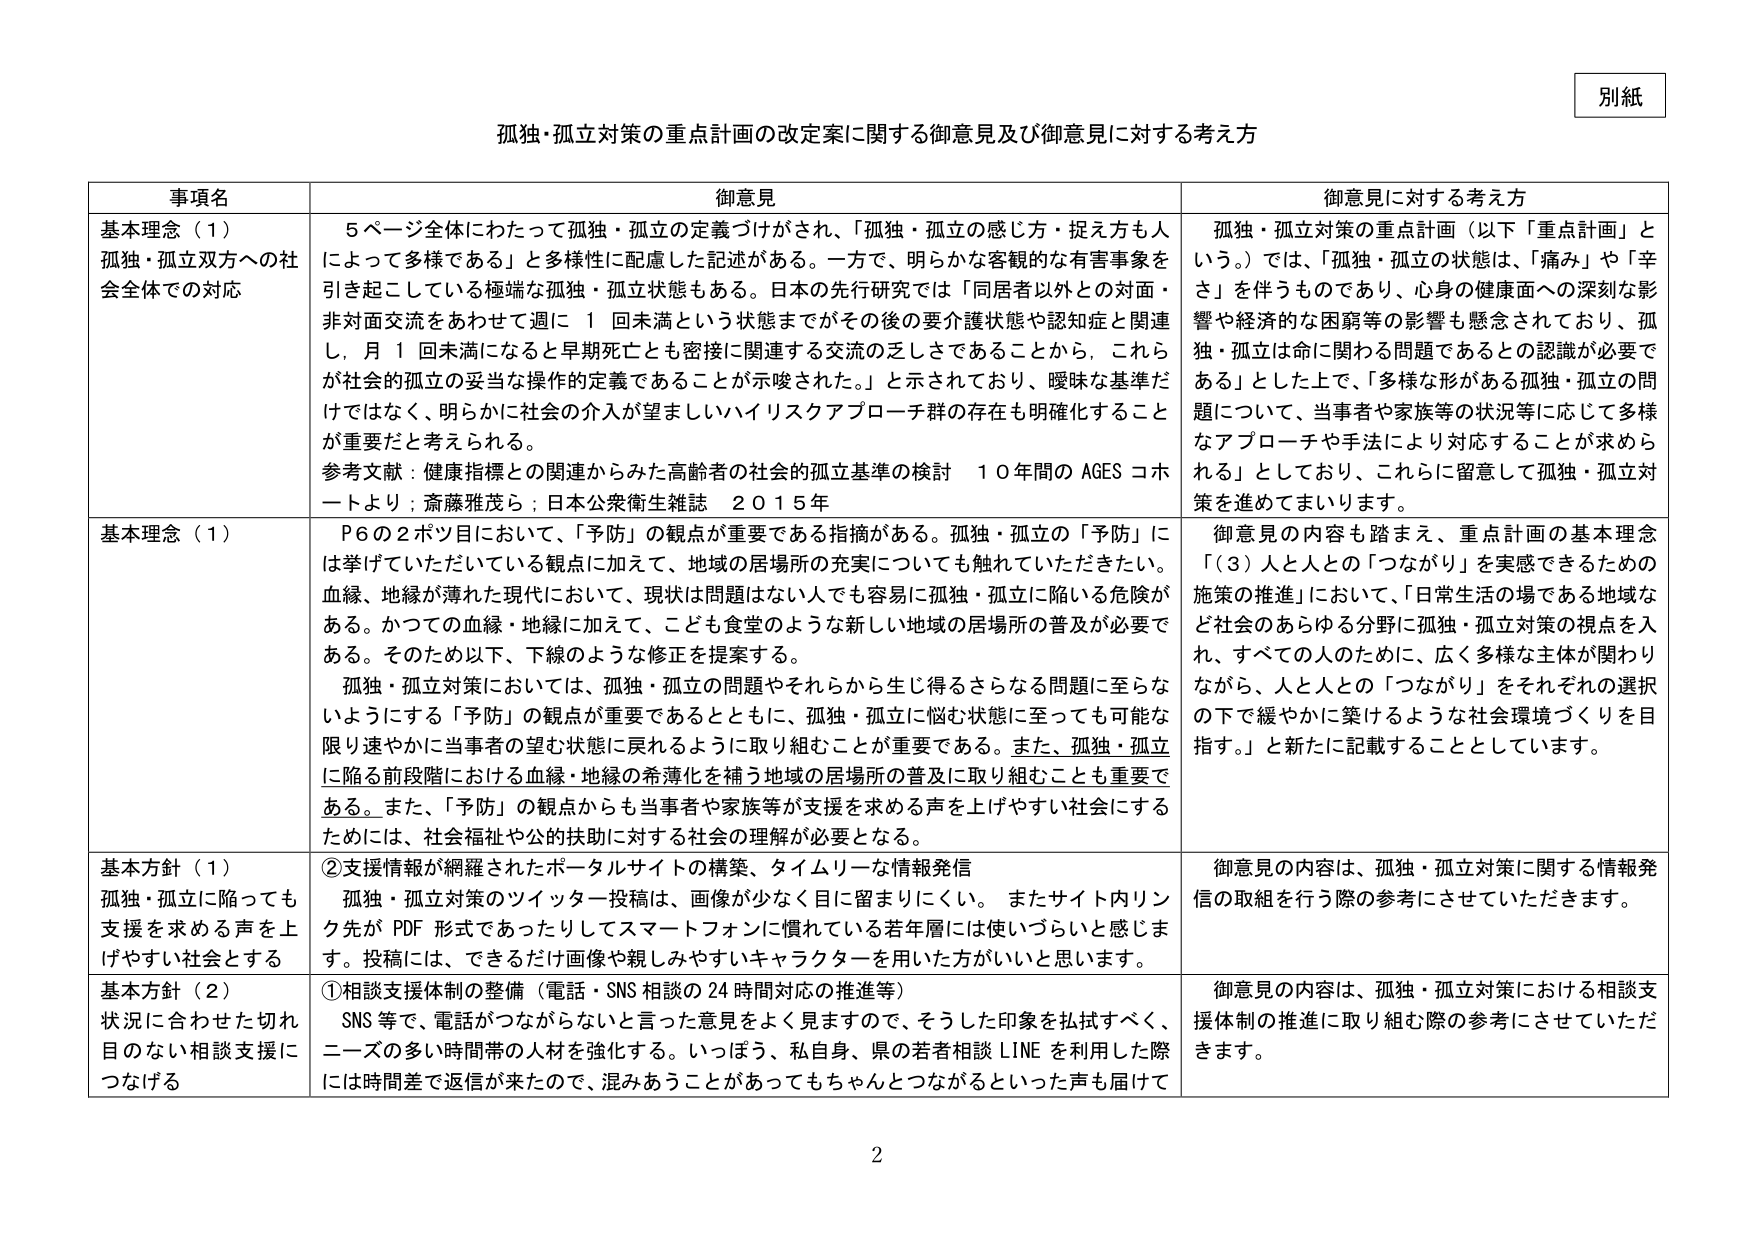
別紙

孤独・孤立対策の重点計画の改定案に関する御意見及び御意見に対する考え方

事項名